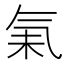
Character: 𰚾